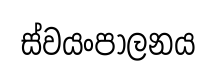
ස්වයංපාලනය